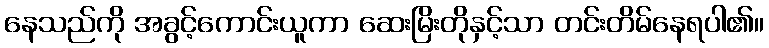
နေသည်ကို အခွင့်ကောင်းယူကာ ဆေးမြိးတိုနှင့်သာ တင်းတိမ်နေရပါ၏။